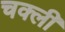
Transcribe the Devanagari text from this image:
चक्ली